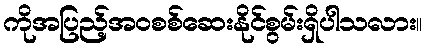
ကိုအပြည့်အဝစစ်ဆေးနိုင်စွမ်းရှိပါသလား။